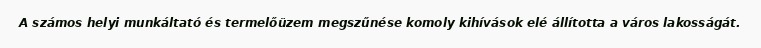
A számos helyi munkáltató és termelőüzem megszűnése komoly kihívások elé állította a város lakosságát.